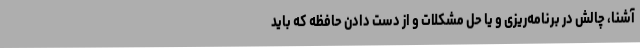
آشنا، چالش در برنامه‌ریزی و یا حل مشکلات و از دست دادن حافظه که باید